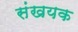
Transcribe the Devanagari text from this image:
संखयक